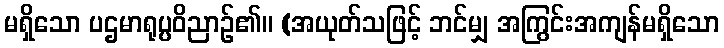
မရှိသော ပဌမာရုပ္ပဝိညာဉ်၏။ (အယုတ်သဖြင့် ဘင်မျှ အကြွင်းအကျန်မရှိသော